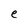
Character: e